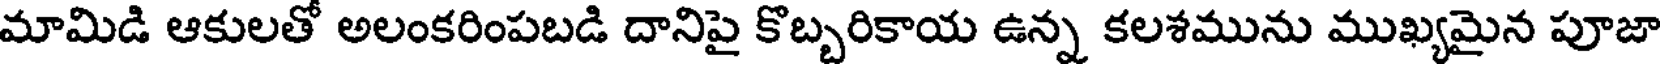
మామిడి ఆకులతో అలంకరింపబడి దానిపై కొబ్బరికాయ ఉన్న కలశమును ముఖ్యమైన పూజా